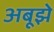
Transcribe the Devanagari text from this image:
अबूझे